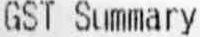
GST SUMMARY